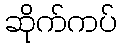
ဆိုက်ကပ်